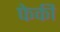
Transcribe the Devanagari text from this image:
फेकी